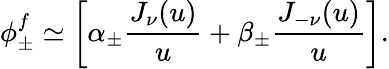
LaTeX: \phi_{\pm}^{f}\simeq\left[\alpha_{\pm}{\frac{J_{\nu}(u)}{u}}+\beta_{\pm}{\frac{J_{-\nu}(u)}{u}}\right].